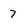
Character: 7